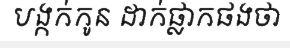
បង្កក់កូន ដាក់ផ្លាកផងថា